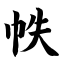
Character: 帙